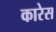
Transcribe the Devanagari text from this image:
कारेस